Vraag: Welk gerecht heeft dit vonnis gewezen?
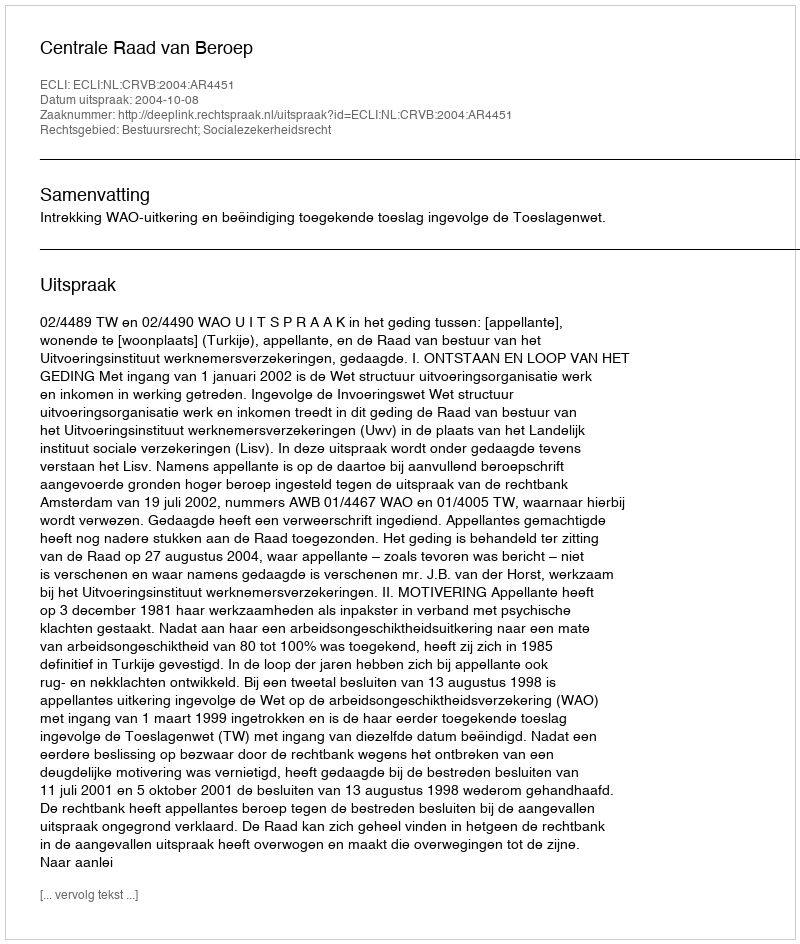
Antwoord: Centrale Raad van Beroep